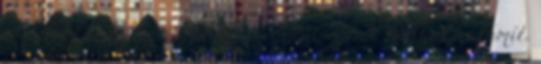
a dolgokat és legalább az ő egyéniségéről tudunk valamit.